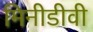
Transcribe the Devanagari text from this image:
मिनीडीवी